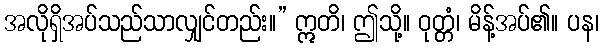
အလိုရှိအပ်သည်သာလျှင်တည်း။” ဣတိ၊ ဤသို့။ ဝုတ္တံ၊ မိန့်အပ်၏။ ပန၊